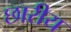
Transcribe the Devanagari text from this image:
छारीय